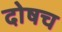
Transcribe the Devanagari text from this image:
दोषच